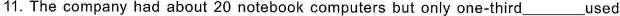
11.The company had about 20 notebook computers but only one-third___used